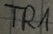
Text: TR1